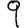
Digit: 9